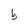
Character: b